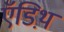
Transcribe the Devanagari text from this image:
ऍडिथ़